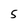
Character: 5